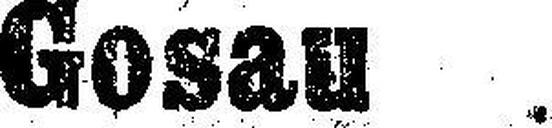
Gosau